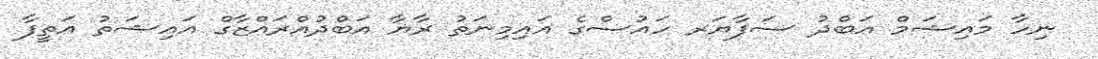
ނިހާ މައިޝަމް އަބްދު ސަފާޔަރ ހައުސްގެ އައިމިނަތު ރާޔާ އަބްދުއްރައްޒާގް އައިޝަތު އަތީފާ